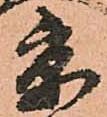
京